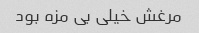
مرغش خیلی بی مزه بود